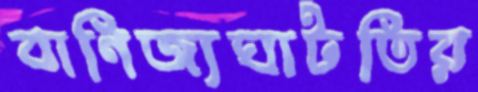
বাণিজ্যঘাটতির